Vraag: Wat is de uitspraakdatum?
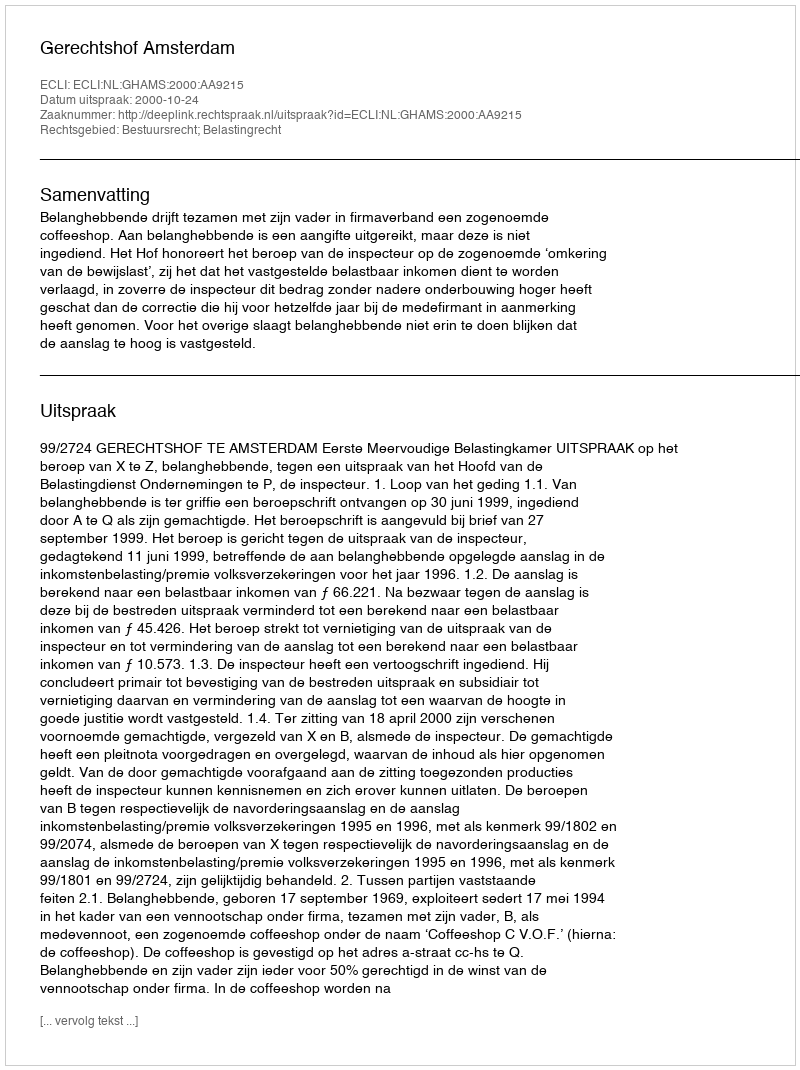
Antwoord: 2000-10-24